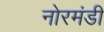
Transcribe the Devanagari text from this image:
नोरमंडी